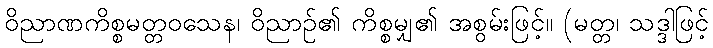
ဝိညာဏကိစ္စမတ္တဝသေန၊ ဝိညာဉ်၏ ကိစ္စမျှ၏ အစွမ်းဖြင့်။ (မတ္တ၊ သဒ္ဒါဖြင့်